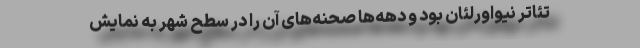
تئاتر نیواورلئان بود و دهه‌ها صحنه‌های آن را در سطح شهر به نمایش